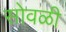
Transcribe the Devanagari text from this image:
सोवळी